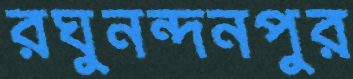
রঘুনন্দনপুর